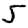
Digit: 5